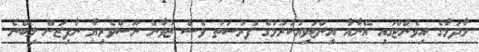
މާދަމާގެ އިވެންޓްގައި އޭނާއާ އިންޓަވިއުކުރުމުގެ ފުރުސަތު ވެސް ޒުވާން ނޫސްވެރިޔާ ނާފިޒަށް ލިބޭނެ